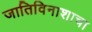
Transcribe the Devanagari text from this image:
जातिविनाशाचा